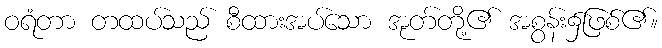
ဝရံတာ တထပ်သည် စီထားအပ်သော အုတ်တို့၏ အစွန်း၌ဖြစ်၏။